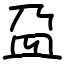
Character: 盁